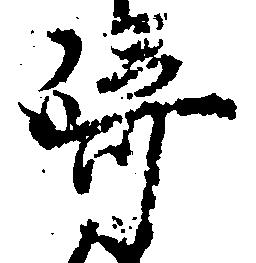
崎